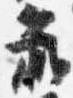
蔵